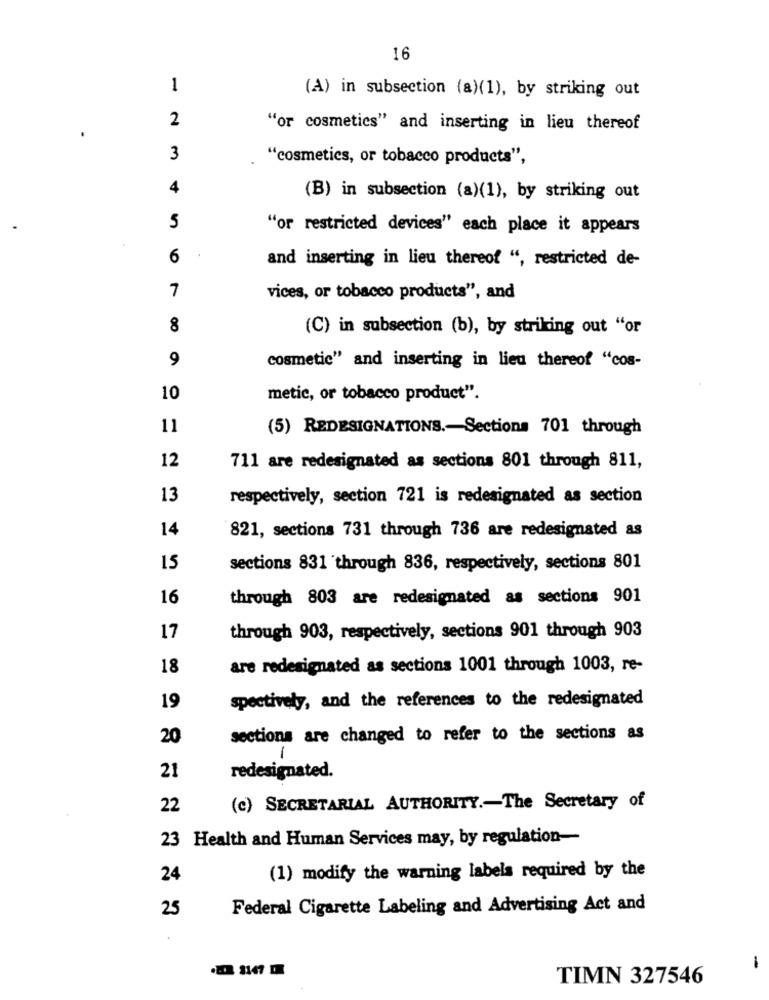
16
1
(A) in subsection (a)(1), by striking out
2
"or cosmetics" and inserting in lieu thereof
3
"cosmetics, or tobacco products",
4
(B) in subsection (a)(1), by striking out
5
"or restricted devices" each place it appears
6
and inserting in lieu thereof ", restricted de-
7
vices, or tobacco products", and
8
(C) in subsection (b), by striking out "or
9
cosmetic" and inserting in lieu thereof "cos-
10
metic, or tobacco product".
11
(5) REDESIGNATIONS .- Sections 701 through
12
711 are redesignated as sections 801 through 811,
13
respectively, section 721 is redesignated as section
14
821, sections 731 through 736 are redesignated as
15
sections 831 through 836, respectively, sections 801
16
through 803 are redesignated as sections 901
17
through 903, respectively, sections 901 through 903
18
are redesignated as sections 1001 through 1003, re-
19
spectively, and the references to the redesignated
20
sections are changed to refer to the sections as
1
21
redesignated.
22
(c) SECRETARIAL AUTHORITY .- The Secretary of
23 Health and Human Services may, by regulation-
(1) modify the warning labels required by the
24
25
Federal Cigarette Labeling and Advertising Act and
-
TIMN 327546